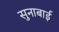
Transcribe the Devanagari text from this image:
सुनाबाई